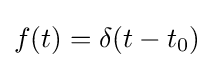
f(t)=\delta (t-t_{0})